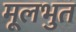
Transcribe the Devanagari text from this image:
मूलभुत